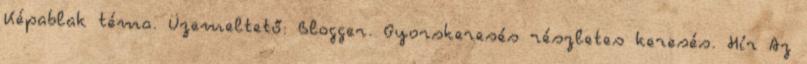
Képablak téma. Üzemeltető: Blogger. Gyorskeresés részletes keresés. Hír Az